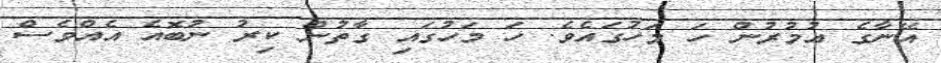
އޭނާގެ އުމުރުން ހަ މަހުގައެވެ. ހަ މަހުގައި ގާތުން ކިރު ނުބޮއެ އެއްވެސް